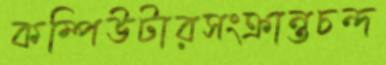
কম্পিউটারসংক্রান্তচন্দ